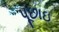
પૂછાઇ